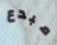
مبدع